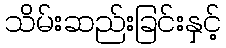
သိမ်းဆည်းခြင်းနှင့်